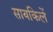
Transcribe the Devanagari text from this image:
सायकिलें